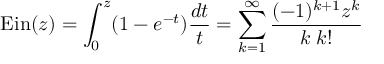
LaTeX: \operatorname { E i n } ( z ) = \int _ { 0 } ^ { z } ( 1 - e ^ { - t } ) { \frac { d t } { t } } = \sum _ { k = 1 } ^ { \infty } { \frac { ( - 1 ) ^ { k + 1 } z ^ { k } } { k \; k ! } }